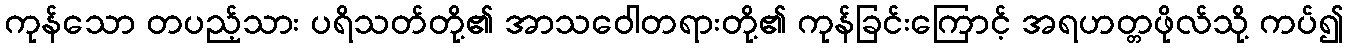
ကုန်သော တပည့်သား ပရိသတ်တို့၏ အာသဝေါတရားတို့၏ ကုန်ခြင်းကြောင့် အရဟတ္တဖိုလ်သို့ ကပ်၍